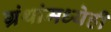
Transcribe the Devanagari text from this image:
ग्रंथांमध्येही